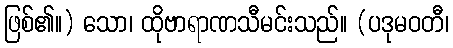
ဖြစ်၏။) သော၊ ထိုဗာရာဏသီမင်းသည်။ (ပဒုမဝတီ၊